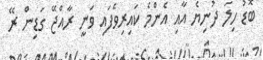
ބޮޑު ހިލަ ދުނިޔެ އާއި އެންމެ ކައިރިވެފައި ވަނީ ރާއްޖޭ ގަޑިން ރޭ